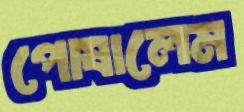
পোষালেম